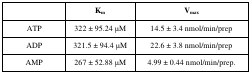
|  | Km | Vmax |
 | --- | --- | --- |
 | ATP | 322 ± 95.24 μM | 14.5 ± 3.4 nmol/min/prep |
 | ADP | 321.5 ± 94.4 μM | 22.6 ± 3.8 nmol/min/prep |
 | AMP | 267 ± 52.88 μM | 4.99 ± 0.44 nmol/min/prep. |